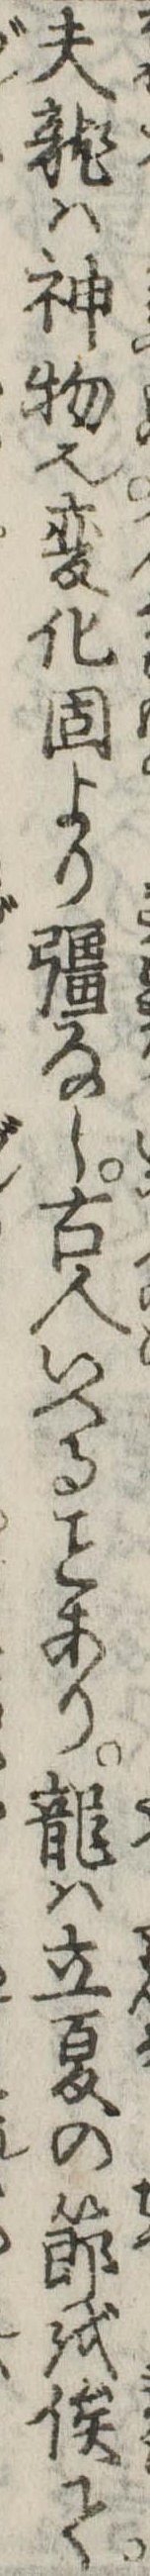
夫竜は神物也変化固より彊なし古人いへるあり竜は立夏の節を俟て